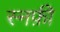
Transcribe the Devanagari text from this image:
स्नफ़ी